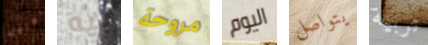
نعامل بيه مروحة اليوم يتواصل تربية